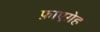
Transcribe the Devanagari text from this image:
फ़ाएग़ेह